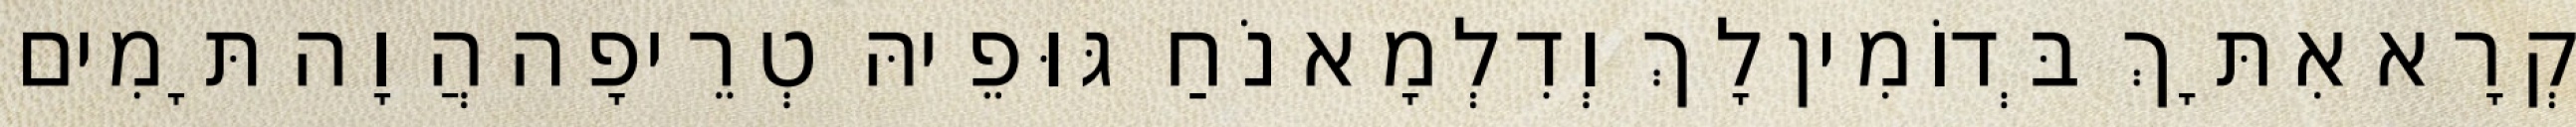
קְרָא אִתָּךְ בְּדוֹמִין לָךְ וְדִלְמָא נֹחַ גּוּפֵיהּ טְרֵיפָה הֲוָה תָּמִים